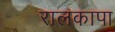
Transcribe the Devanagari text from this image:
रालकापा